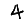
Digit: 4